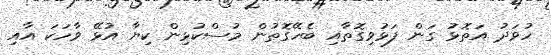
ހުވަދު އަތޮޅު ގަން ފަޅުވިގޮތާއި ބެހޭގޮތުން މުސްކުޅިން ކިޔާ އުޅޭ ވާހަކަ އާއި